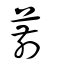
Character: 葥